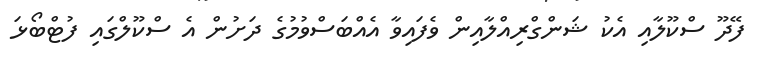
ފޭދޫ ސްކޫލާއި އެކު ޝަންގްރިއްލާއިންް ވެފައިވާ އެއްބަސްވުމުގެ ދަށުން އެ ސްކޫލްގައި ފުޓްބޯޅަ